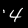
Label: 4